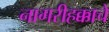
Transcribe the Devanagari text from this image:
नागरीहक्काचे